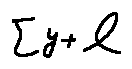
\sum y + l